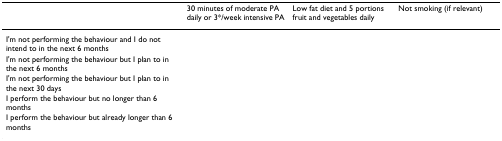
<table><thead><tr><td></td><td><b>30 minutes of moderate PA daily or 3*/week intensive PA</b></td><td><b>Low fat diet and 5 portions fruit and vegetables daily</b></td><td><b>Not smoking (if relevant)</b></td></tr></thead><tbody><tr><td>I&#x27;m not performing the behaviour and I do not intend to in the next 6 months</td><td></td><td></td><td></td></tr><tr><td>I&#x27;m not performing the behaviour but I plan to in the next 6 months</td><td></td><td></td><td></td></tr><tr><td>I&#x27;m not performing the behaviour but I plan to in the next 30 days</td><td></td><td></td><td></td></tr><tr><td>I perform the behaviour but no longer than 6 months</td><td></td><td></td><td></td></tr><tr><td>I perform the behaviour but already longer than 6 months</td><td></td><td></td><td></td></tr></tbody></table>